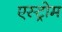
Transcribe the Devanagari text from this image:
एस्ट्रोम